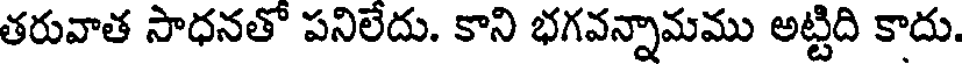
తరువాత సాధనతో పనిలేదు. కాని భగవన్నామము అట్టిది కాదు.